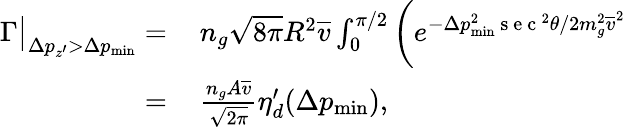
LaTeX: \begin{array}{rl}{\Gamma\big|_{\Delta p_{z^{\prime}}>\Delta p_{\mathrm{min}}}=}&{{}\, n_{g}\sqrt{8\pi}R^{2}\overline{{v}}\int_{0}^{\pi/2}\bigg(e^{-\Delta p_{\mathrm{min}}^{2}\mathrm{~s~e~c~}^{2}\theta/2m_{g}^{2}\overline{{v}}^{2}}}\\ {=}&{{}\, \frac{n_{g}A\overline{{v}}}{\sqrt{2\pi}}\eta_{d}^{\prime}(\Delta p_{\mathrm{min}}),}\end{array}